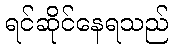
ရင်ဆိုင်နေရသည်